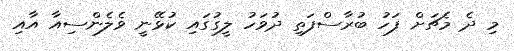
މި ދެ މެޗަށް ފަހު ބުރާސްފަތި ދުވަހު ލީގުގައި ކުޅޭނީ ވެލެންސިއާ އާއި